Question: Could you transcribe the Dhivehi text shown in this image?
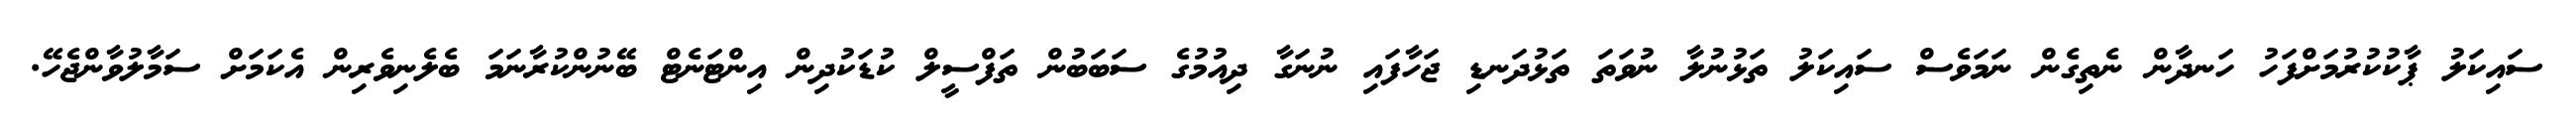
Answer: ސައިކަލު ޕާކުކުރުމަށްފަހު ހަނދާން ނެތިގެން ނަމަވެސް ސައިކަލު ތަޅުނުލާ ނުވަތަ ތަޅުދަނޑި ޖަހާފައި ނުނަގާ ދިއުމުގެ ސަބަބުން ތަފްސީލް ކުޑަކުދިން އިންޓަނެޓް ބޭނުންކުރާނަމަ ބެލެނިވެރިން އެކަމަށް ސަމާލުވާންޖެހޭ.